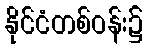
နိုင်ငံတစ်ဝန်း၌